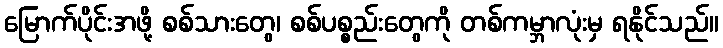
မြောက်ပိုင်းအဖို့ စစ်သားတွေ၊ စစ်ပစ္စည်းတွေကို တစ်ကမ္ဘာလုံးမှ ရနိုင်သည်။